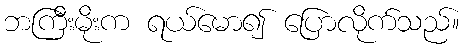
ဘကြီးမိုးက ရယ်မော၍ ပြောလိုက်သည်။